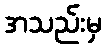
အသည်းမှ